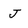
Character: J